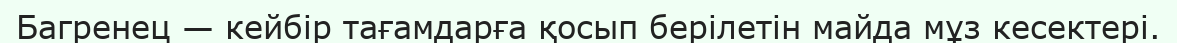
Багренец — кейбір тағамдарға қосып берілетін майда мұз кесектері.